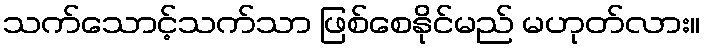
သက်သောင့်သက်သာ ဖြစ်စေနိုင်မည် မဟုတ်လား။